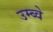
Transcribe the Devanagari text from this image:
उम्ब्वे